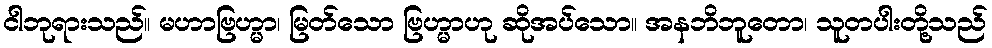
ငါဘုရားသည်။ မဟာဗြဟ္မာ၊ မြတ်သော ဗြဟ္မာဟု ဆိုအပ်သော။ အနဘိဘူတော၊ သူတပါးတို့သည်